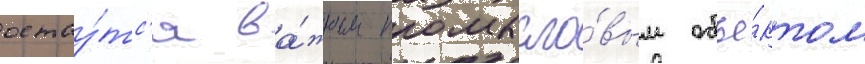
остау́тс'я ва́жным промысло́вым объе́ктом